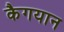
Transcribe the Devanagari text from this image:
कैगयान